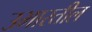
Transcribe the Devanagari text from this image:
उभारतील